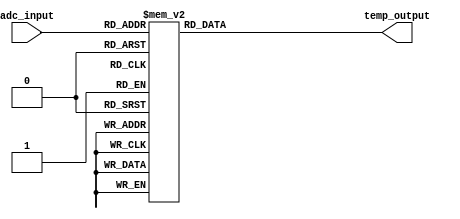
module thermal_encoder (
    input [3:0] adc_input,  // 4-bit ADC output representing temperature
    output reg [3:0] temp_output // 4-bit binary output representing temperature
);

// Combinational logic to map ADC input to temperature output
always @(*) begin
    case (adc_input)
        4'b0000: temp_output = 4'b0000; // 0V - 0.25V -> 0C
        4'b0001: temp_output = 4'b0001; // 0.26V - 0.50V -> 1C
        4'b0010: temp_output = 4'b0010; // 0.51V - 0.75V -> 2C
        4'b0011: temp_output = 4'b0011; // 0.76V - 1.00V -> 3C
        4'b0100: temp_output = 4'b0100; // 1.01V - 1.25V -> 4C
        4'b0101: temp_output = 4'b0101; // 1.26V - 1.50V -> 5C
        4'b0110: temp_output = 4'b0110; // 1.51V - 1.75V -> 6C
        4'b0111: temp_output = 4'b0111; // 1.76V - 2.00V -> 7C
        4'b1000: temp_output = 4'b1000; // 2.01V - 2.25V -> 8C
        4'b1001: temp_output = 4'b1001; // 2.26V - 2.50V -> 9C
        4'b1010: temp_output = 4'b1010; // 2.51V - 2.75V -> 10C
        4'b1011: temp_output = 4'b1011; // 2.76V - 3.00V -> 11C
        4'b1100: temp_output = 4'b1100; // 3.01V - 3.25V -> 12C
        4'b1101: temp_output = 4'b1101; // 3.26V - 3.50V -> 13C
        4'b1110: temp_output = 4'b1110; // 3.51V - 3.75V -> 14C
        4'b1111: temp_output = 4'b1111; // 3.76V - 4.00V -> 15C
        default: temp_output = 4'b0000; // Default case (error handling)
    endcase
end

endmodule